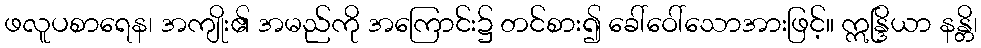
ဖလူပစာရေန၊ အကျိုး၏ အမည်ကို အကြောင်း၌ တင်စား၍ ခေါ်ဝေါ်သောအားဖြင့်။ ဣန္ဒြိယာ နန္တိ၊